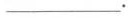
___.